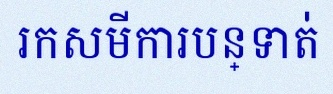
រកសមីការបន្ទាត់